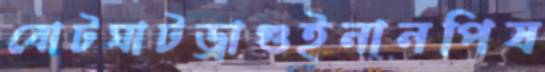
বোটঘাটড্রাগুইনানপিষ